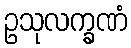
ဥသုလက္ခဏံ